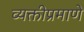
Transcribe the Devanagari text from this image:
व्यक्तीप्रमाणे